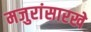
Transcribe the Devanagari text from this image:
मजुरांसारखे